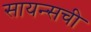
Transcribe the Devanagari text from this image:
सायन्सची